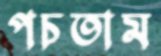
পচতাম